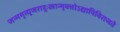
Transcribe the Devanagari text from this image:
जन्ममृत्युजरादुःखान्मुक्‍तोऽद्यापिविराजते